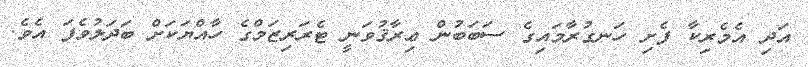
އަދި އެމެރިކާ ފެށި ހަނގުރާމައިގެ ސަބަބުން ޢިރާޤުވަނީ ޓެރަރިޒަމްގެ ހާއްޔަކަށް ބަދަލުވެފަ އެވެ.